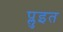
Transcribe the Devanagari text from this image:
प्लुइत